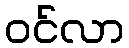
ဝင်လာ